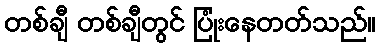
တစ်ချီ တစ်ချီတွင် ပြုံးနေတတ်သည်။